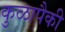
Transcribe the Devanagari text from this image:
कुळापैकी